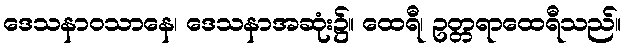
ဒေသနာဝသာနေ၊ ဒေသနာအဆုံး၌။ ထေရီ၊ ဥတ္တရာထေရီသည်။